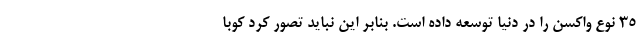
۳۵ نوع واکسن را در دنیا توسعه داده است. بنابر این نباید تصور کرد کوبا